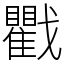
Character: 戵